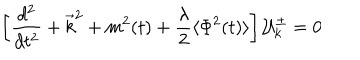
LaTeX: \left[ \frac { d ^ { 2 } } { d t ^ { 2 } } + \vec { k } ^ { 2 } + m ^ { 2 } ( t ) + \frac { \lambda } { 2 } \langle \Phi ^ { 2 } ( t ) \rangle \right] { \cal { U } } _ { k } ^ { \pm } = 0